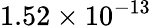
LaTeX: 1.52\times 10^{-13}